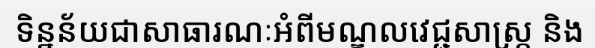
ទិន្នន័យជាសាធារណៈអំពីមណ្ឌលវេជ្ជសាស្ត្រ និង